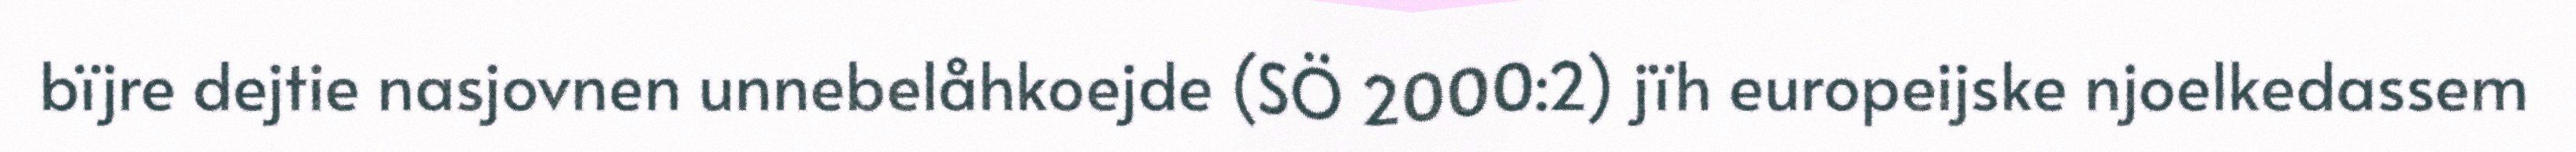
bïjre dejtie nasjovnen unnebelåhkoejde (SÖ 2000:2) jïh europeijske njoelkedassem